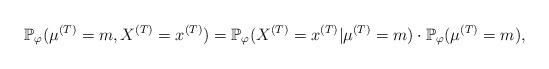
LaTeX: \begin{align*}\mathbb{P}_\varphi(\mu^{(T)} =m, X^{(T)}=x^{(T)})= \mathbb{P}_\varphi(X^{(T)}=x^{(T)} | \mu^{(T)}=m) \cdot \mathbb{P}_\varphi(\mu^{(T)}=m),\end{align*}